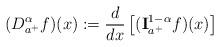
LaTeX: \begin{align*} (D _{a^+}^{\alpha} f)(x):= \frac{d}{dx} \left[ ({\bf I}_{a^+}^{1-\alpha} f)(x)\right]\end{align*}